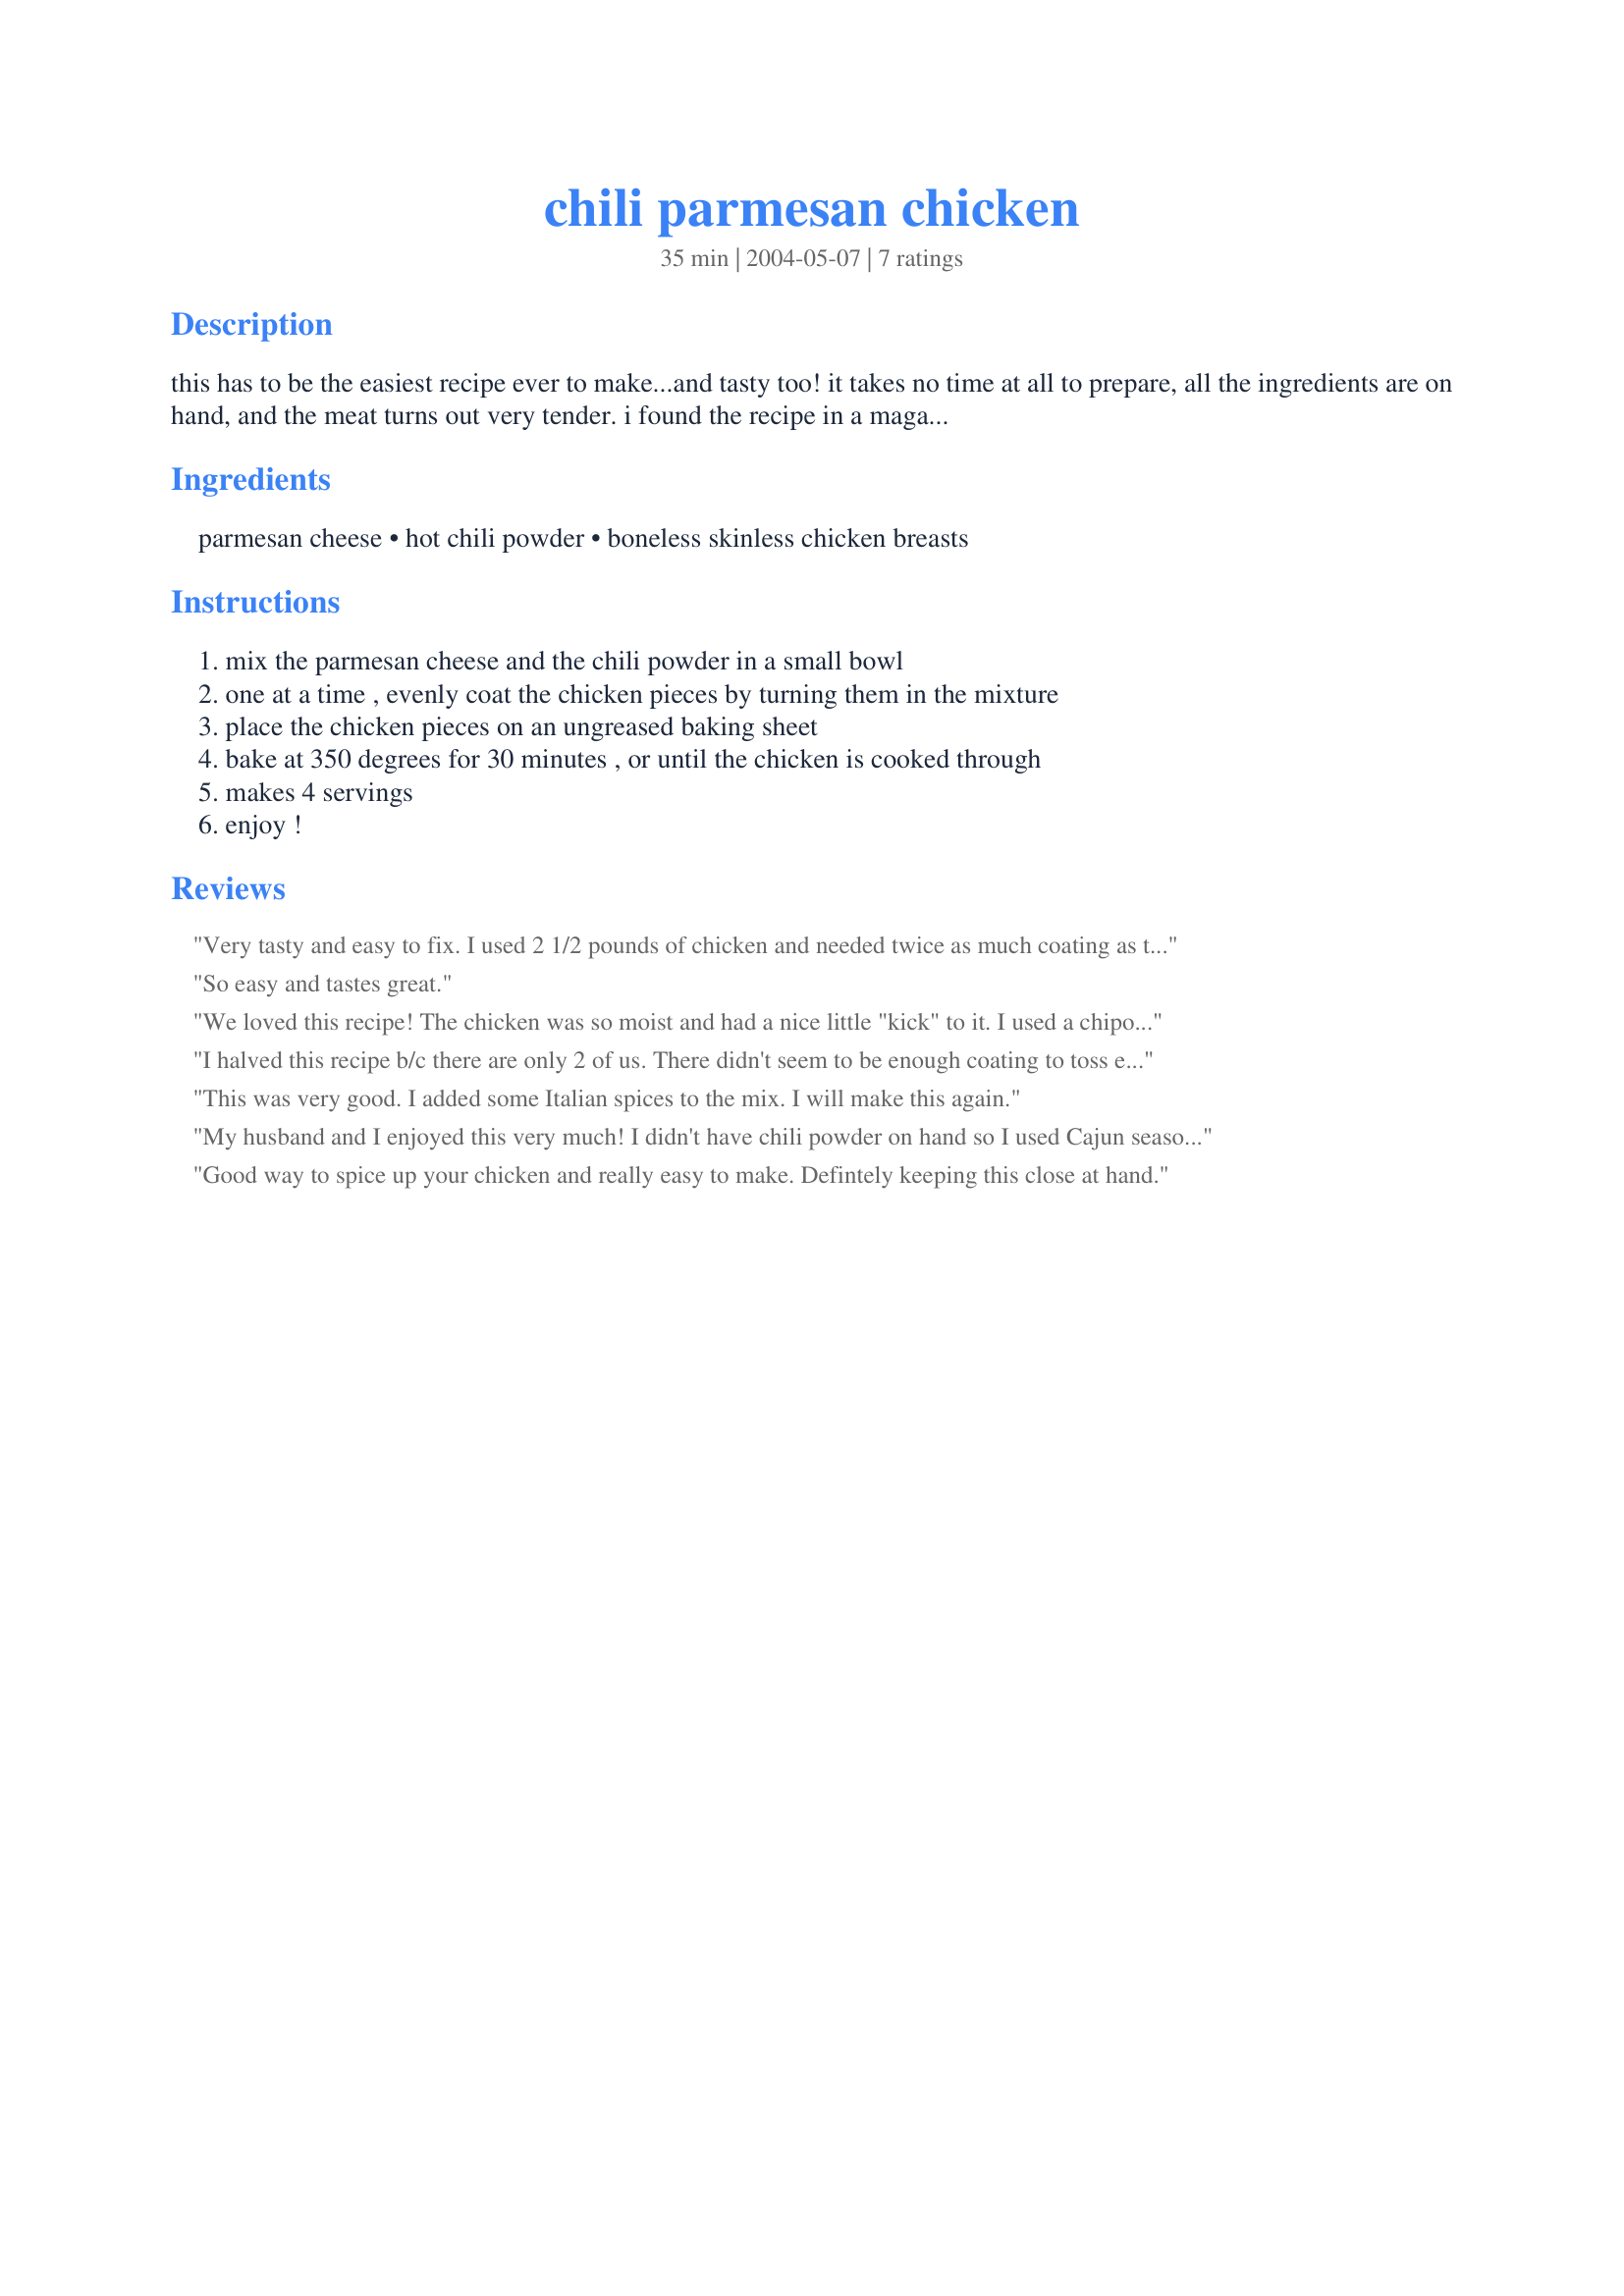
chili parmesan chicken
Preparation time: 35 minutes

this has to be the easiest recipe ever to make...and tasty too! it takes no time at all to prepare, all the ingredients are on hand, and the meat turns out very tender. i found the recipe in a magazine, and i am glad i did! now, any time i need a last minute recipe using chicken, this is what i'll turn to!

Ingredients:
parmesan cheese, hot chili powder, boneless skinless chicken breasts

Steps:
mix the parmesan cheese and the chili powder in a small bowl, one at a time , evenly coat the chicken pieces by turning them in the mixture, place the chicken pieces on an ungreased baking sheet, bake at 350 degrees for 30 minutes , or until the chicken is cooked through, makes 4 servings, enjoy !

Reviews:
Very tasty and easy to fix. I used 2 1/2 pounds of chicken and needed twice as much coating as the recipe calls for.
So easy and tastes great.
We loved this recipe! The chicken was so moist and had a nice little "kick" to it. I used a chipolte seasoning instead of chili powder. I also had to use a little bit extra to cover all 4 of the chicken breasts.
I halved this recipe b/c there are only 2 of us. There didn't seem to be enough coating to toss each piece individually in it, so I just sprinkled some of it on the chicken, flipped it, and sprinkled the rest. I didn't really have enough parmesean to make more coating, but next time I may double the coating and try tossing it. I added a dash of garlic powder to the mixture, and b/c I didn't have "hot chil powder" i used chili power and a couple of dashes of cayenne pepper. My husband loved this chicken! I thought it was pretty good, I think it will be better when there's more coating. I figured this to be 3 WW points, for those watching their figure. Thanks for sharing!
This was very good. I added some Italian spices to the mix. I will make this again.
My husband and I enjoyed this very much! I didn't have chili powder on hand so I used Cajun seasoning. The only complaint was that I didn't make enough. hehe.
Good way to spice up your chicken and really easy to make. Defintely keeping this close at hand.
